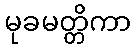
မုခမတ္တိကာ